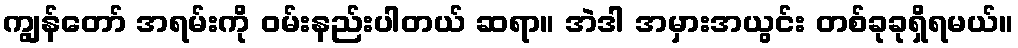
ကျွန်တော် အရမ်းကို ဝမ်းနည်းပါတယ် ဆရာ။ အဲဒါ အမှားအယွင်း တစ်ခုခုရှိရမယ်။